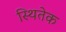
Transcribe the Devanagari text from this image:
स्थितेक